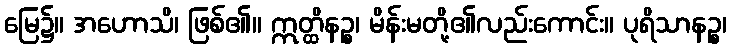
မြေ၌။ အဟောသိ၊ ဖြစ်၏။ ဣတ္ထိနဉ္စ၊ မိန်းမတို့၏လည်းကောင်း။ ပုရိသာနဉ္စ၊